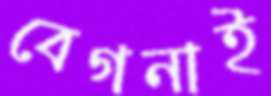
বেগনাই